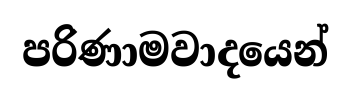
පරිණාමවාදයෙන්